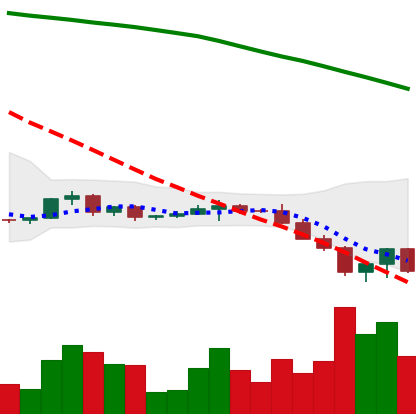
Ticker: XRP-USD
Chart end date: 2022-06-16
Forward return: 5.31%
Label: up_5_7